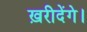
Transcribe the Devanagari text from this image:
ख़रीदेंगे।